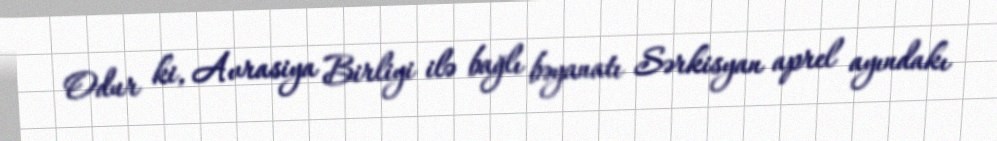
Odur ki, Avrasiya Birliyi ilə bağlı bəyanatı Sərkisyan aprel ayındakı